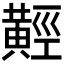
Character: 𪏅